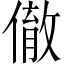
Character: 𬿮